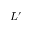
L ^ { \prime }